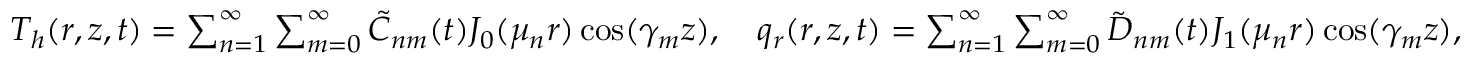
\begin{array} { r } { T _ { h } ( r , z , t ) = \sum _ { n = 1 } ^ { \infty } \sum _ { m = 0 } ^ { \infty } \tilde { C } _ { n m } ( t ) J _ { 0 } ( \mu _ { n } r ) \cos ( \gamma _ { m } z ) , \quad q _ { r } ( r , z , t ) = \sum _ { n = 1 } ^ { \infty } \sum _ { m = 0 } ^ { \infty } \tilde { D } _ { n m } ( t ) J _ { 1 } ( \mu _ { n } r ) \cos ( \gamma _ { m } z ) , } \end{array}